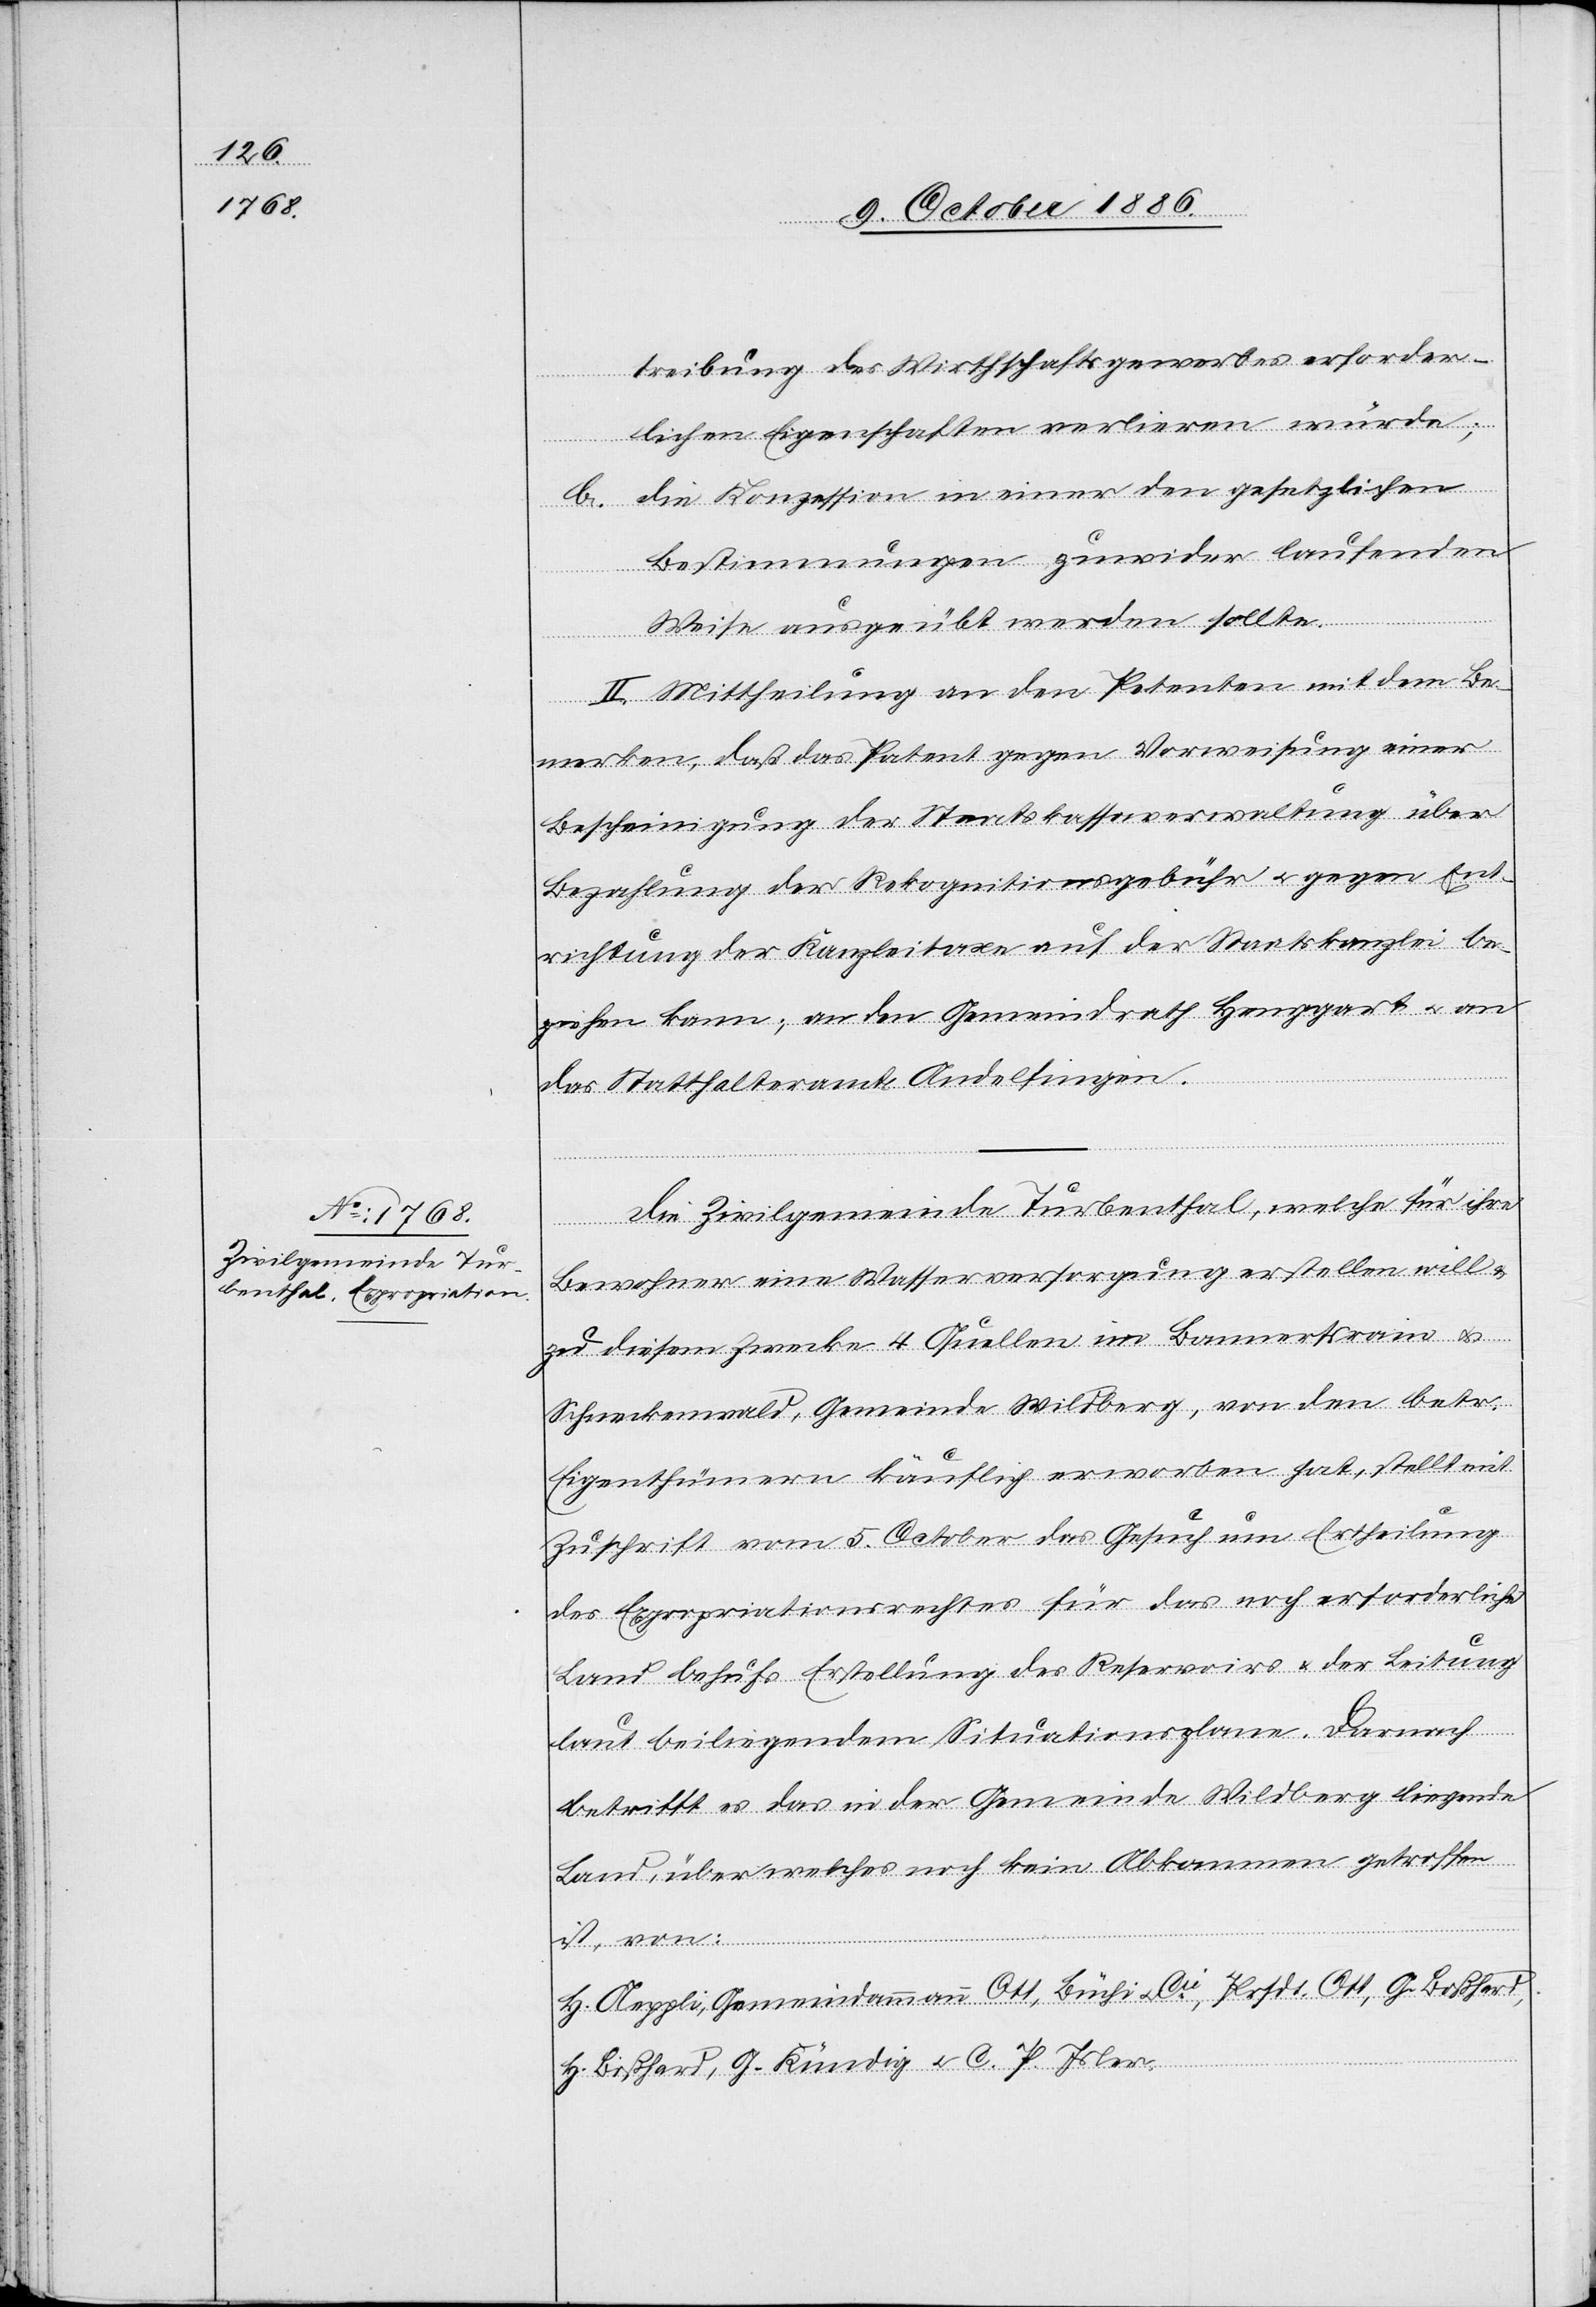
treibung des Wirthschaftsgewerbes erforder¬
lichen Eigenschaften verlieren würde;
b. die Konzession in einer den gesetzlichen
Bestimmungen zuwider laufenden
Weise ausgeübt werden sollte.
II. Mittheilung an den Petenten mit dem Be¬
merken, daß das Patent gegen Vorweisung einer
Bescheinigung der Staatskassaverwaltung über
Bezahlung der Rekognitionsgebühr & gegen Ent¬
richtung der Kanzleitaxe auf der Staatskanzlei be¬
ziehen kann [sic!]; an den Gemeindrath Henggart & an
das Statthalteramte Andelfingen.
Die Zivilgemeinde Turbenthal, welche für ihre
Bewohner eine Wasserversorgung erstellen will &
zu diesem Zwecke 4 Quellen im Bannertsrain &
Schneckenwald, Gemeinde Wildberg, von den betr.
Eigenthümern käuflich erworben hat, stellt mit
Zuschrift vom 5. October das Gesuch um Ertheilung
des Expropriationsrechtes für das noch erforderliche
Land behufs Erstellung des Reservoirs & der Leitung
laut beiliegendem Situationsplane. Darnach
betrifft es das in der Gemeinde Wildberg liegende
Land, über welches noch kein Abkommen getroffen
ist, von:
H. Aeppli, Gemeindammann Ott, Büchi & Cie, Prsdt. Ott, G. Boßhard,
H. Boßhard, G. Kündig & C. P. Isler.